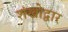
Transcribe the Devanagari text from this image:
शंखोद्वार